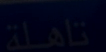
تامَلة